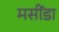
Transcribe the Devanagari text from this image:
मसींडा